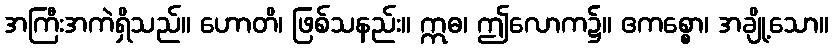
အကြီးအကဲရှိသည်။ ဟောတိ၊ ဖြစ်သနည်း။ ဣဓ၊ ဤလောက၌။ ဧကစ္စော၊ အချို့သော။